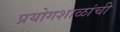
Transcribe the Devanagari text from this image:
प्रयोगशाळांची